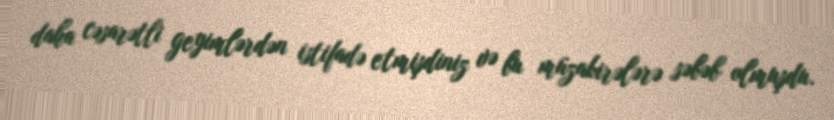
daha cəsarətli geyimlərdən istifadə etmişdiniz və bu müzakirələrə səbəb olmuşdu.